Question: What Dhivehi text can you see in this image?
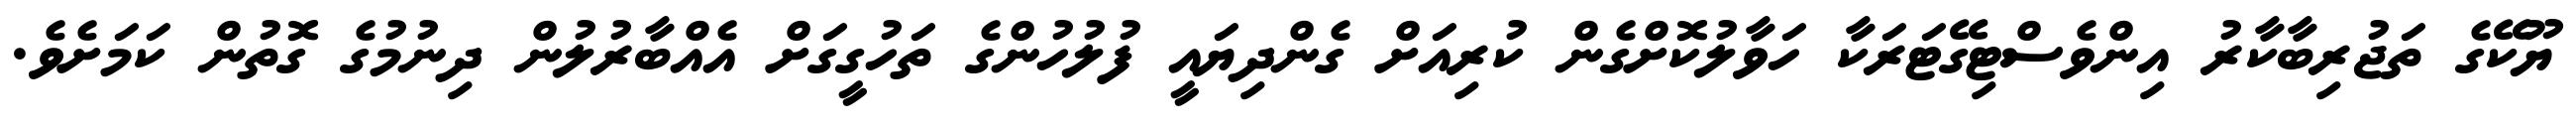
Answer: ޔޫކޭގެ ތަޖުރިބާކާރު އިންވެސްޓިގޭޓަރަކާ ހަވާލުކޮށްގެން ކުރިއަށް ގެންދިޔައީ ފުލުހުންގެ ތަހުގީގަށް އެއްބާރުލުން ދިނުމުގެ ގޮތުން ކަމަށެވެ.